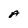
Character: A